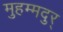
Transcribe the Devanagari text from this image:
मुहम्मदुर्